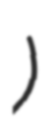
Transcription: জেলা)